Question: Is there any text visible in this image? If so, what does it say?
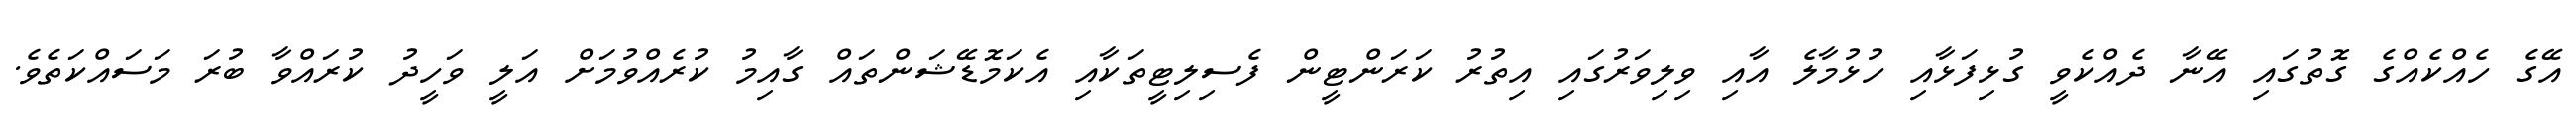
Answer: އޭގެ ހެއްކެއްގެ ގޮތުގައި އޭނާ ދެއްކެވީ ގުޅިފަޅާއި ހުޅުމާލެ އާއި ވިލިވަރުގައި އިތުރު ކަރަންޓީން ފެސިލިޓީތަކާއި އެކަމޮޑޭޝަންތައް ގާއިމު ކުރެއްވުމަށް އަލީ ވަހީދު ކުރައްވާ ބުރަ މަސައްކަތެވެ.